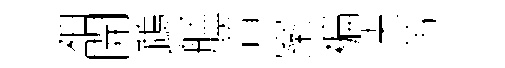
袖開鵡艋瞢案褊决芾